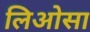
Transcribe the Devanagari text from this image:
लिओसा